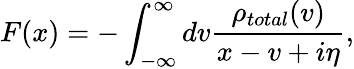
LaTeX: F(x)=-\int_{-\infty}^{\infty}{dv\frac{{{\rho}_{total}}(v)}{x-v+i\eta}},